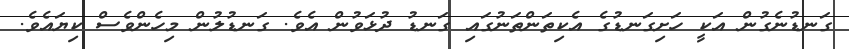
ގަނޑުނެގުން އަކީ ހަށިގަނޑުގެ އެކިތަންތަނުގައި ގަނޑު ދުޅަވުން އެވެ. ގަނޑުލުން މިހެންވެސް ކިޔައެވެ.